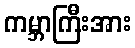
ကမ္ဘာကြီးအား